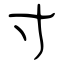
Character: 寸